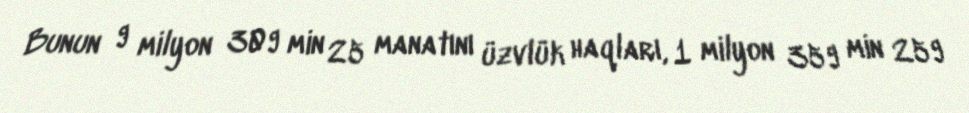
Bunun 9 milyon 309 min 25 manatını üzvlük haqları, 1 milyon 359 min 259